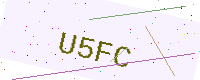
Text: U5FC